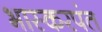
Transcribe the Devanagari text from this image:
भास्करपंत